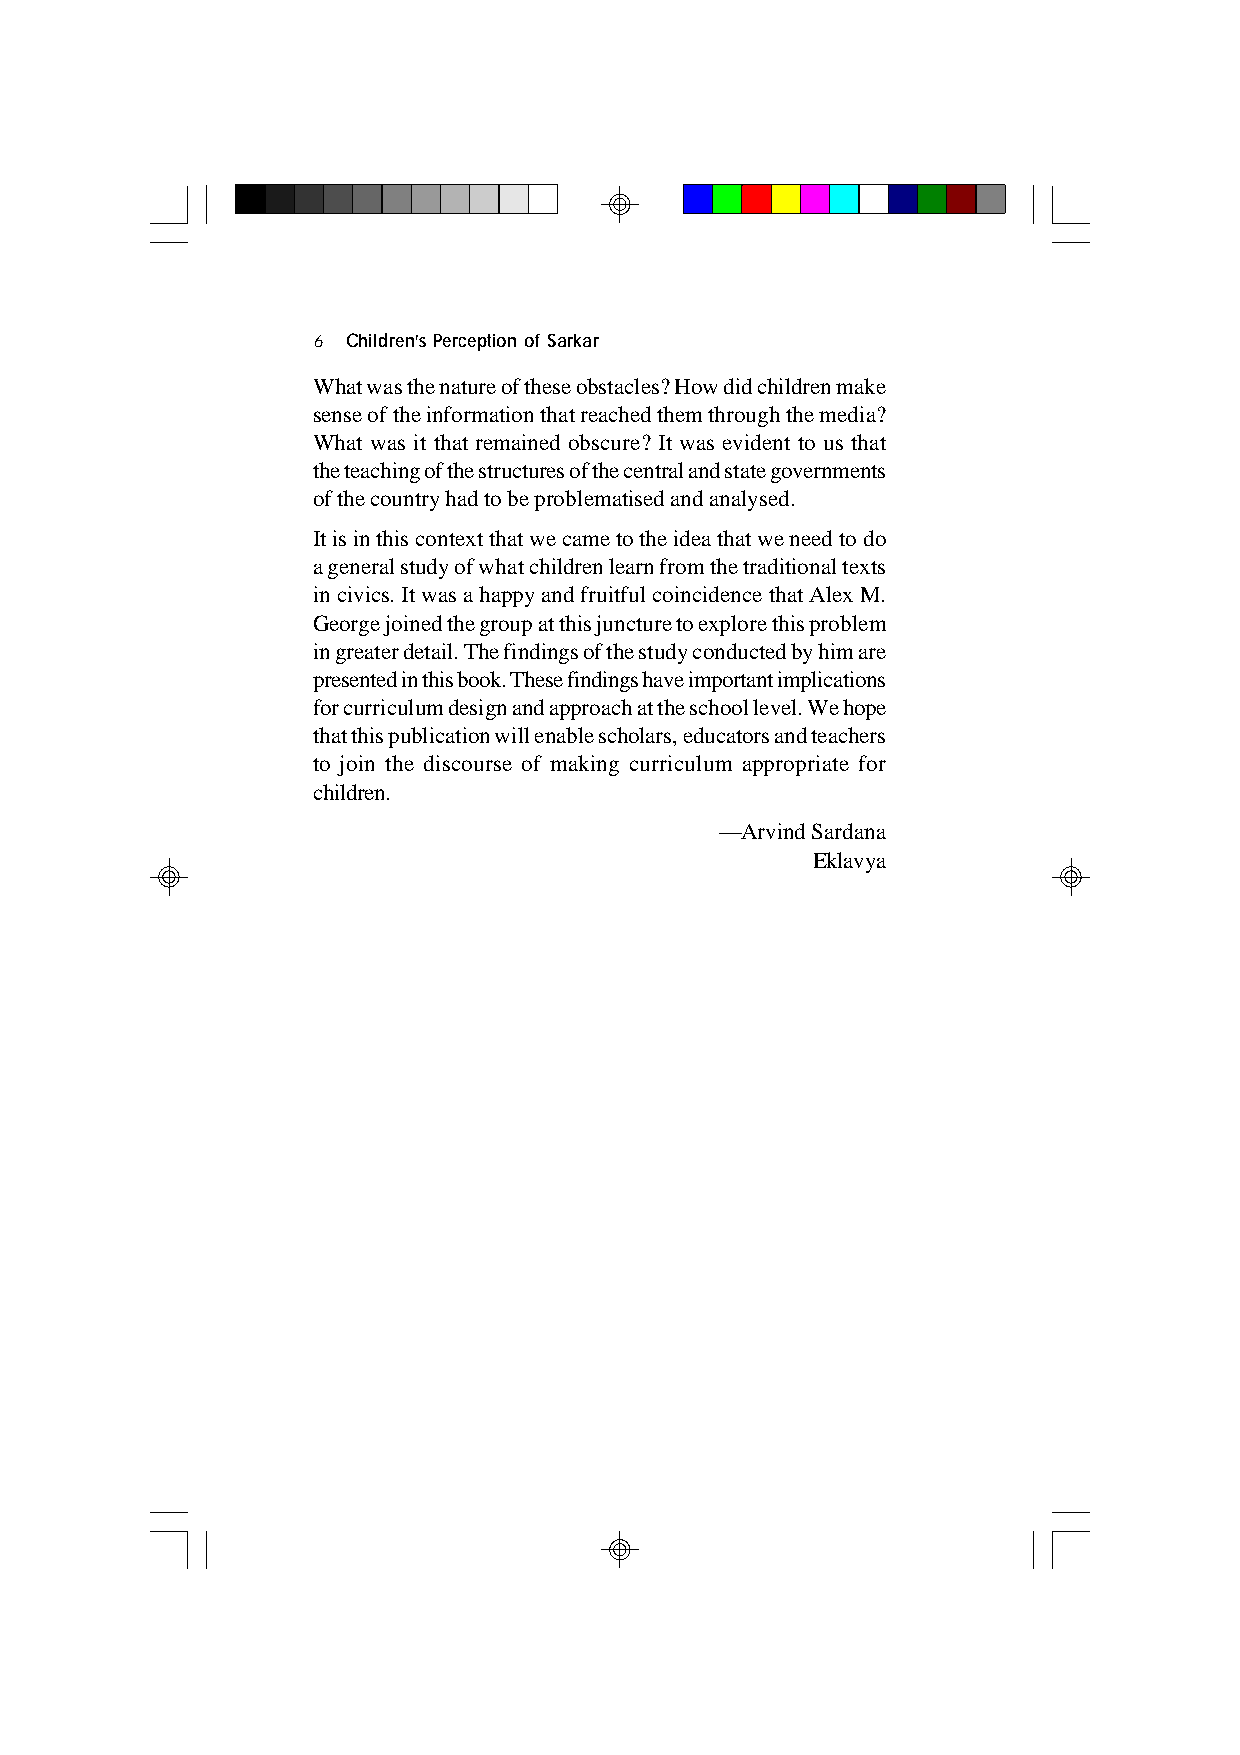
6 Children’s Perception of Sarkar
 What was the nature of these obstacles? How did children make
 sense of the information that reached them through the media?
 What was it that remained obscure? It was evident to us that
 the teaching of the structures of the central and state governments
 of the country had to be problematised and analysed.
 It is in this context that we came to the idea that we need to do
 a general study of what children learn from the traditional texts
 in civics. It was a happy and fruitful coincidence that Alex M.
 George joined the group at this juncture to explore this problem
 in greater detail. The findings of the study conducted by him are
 presented in this book. These findings have important implications
 for curriculum design and approach at the school level. We hope
 that this publication will enable scholars, educators and teachers
 to join the discourse of making curriculum appropriate for
 children.
 —Arvind Sardana
 Eklavya